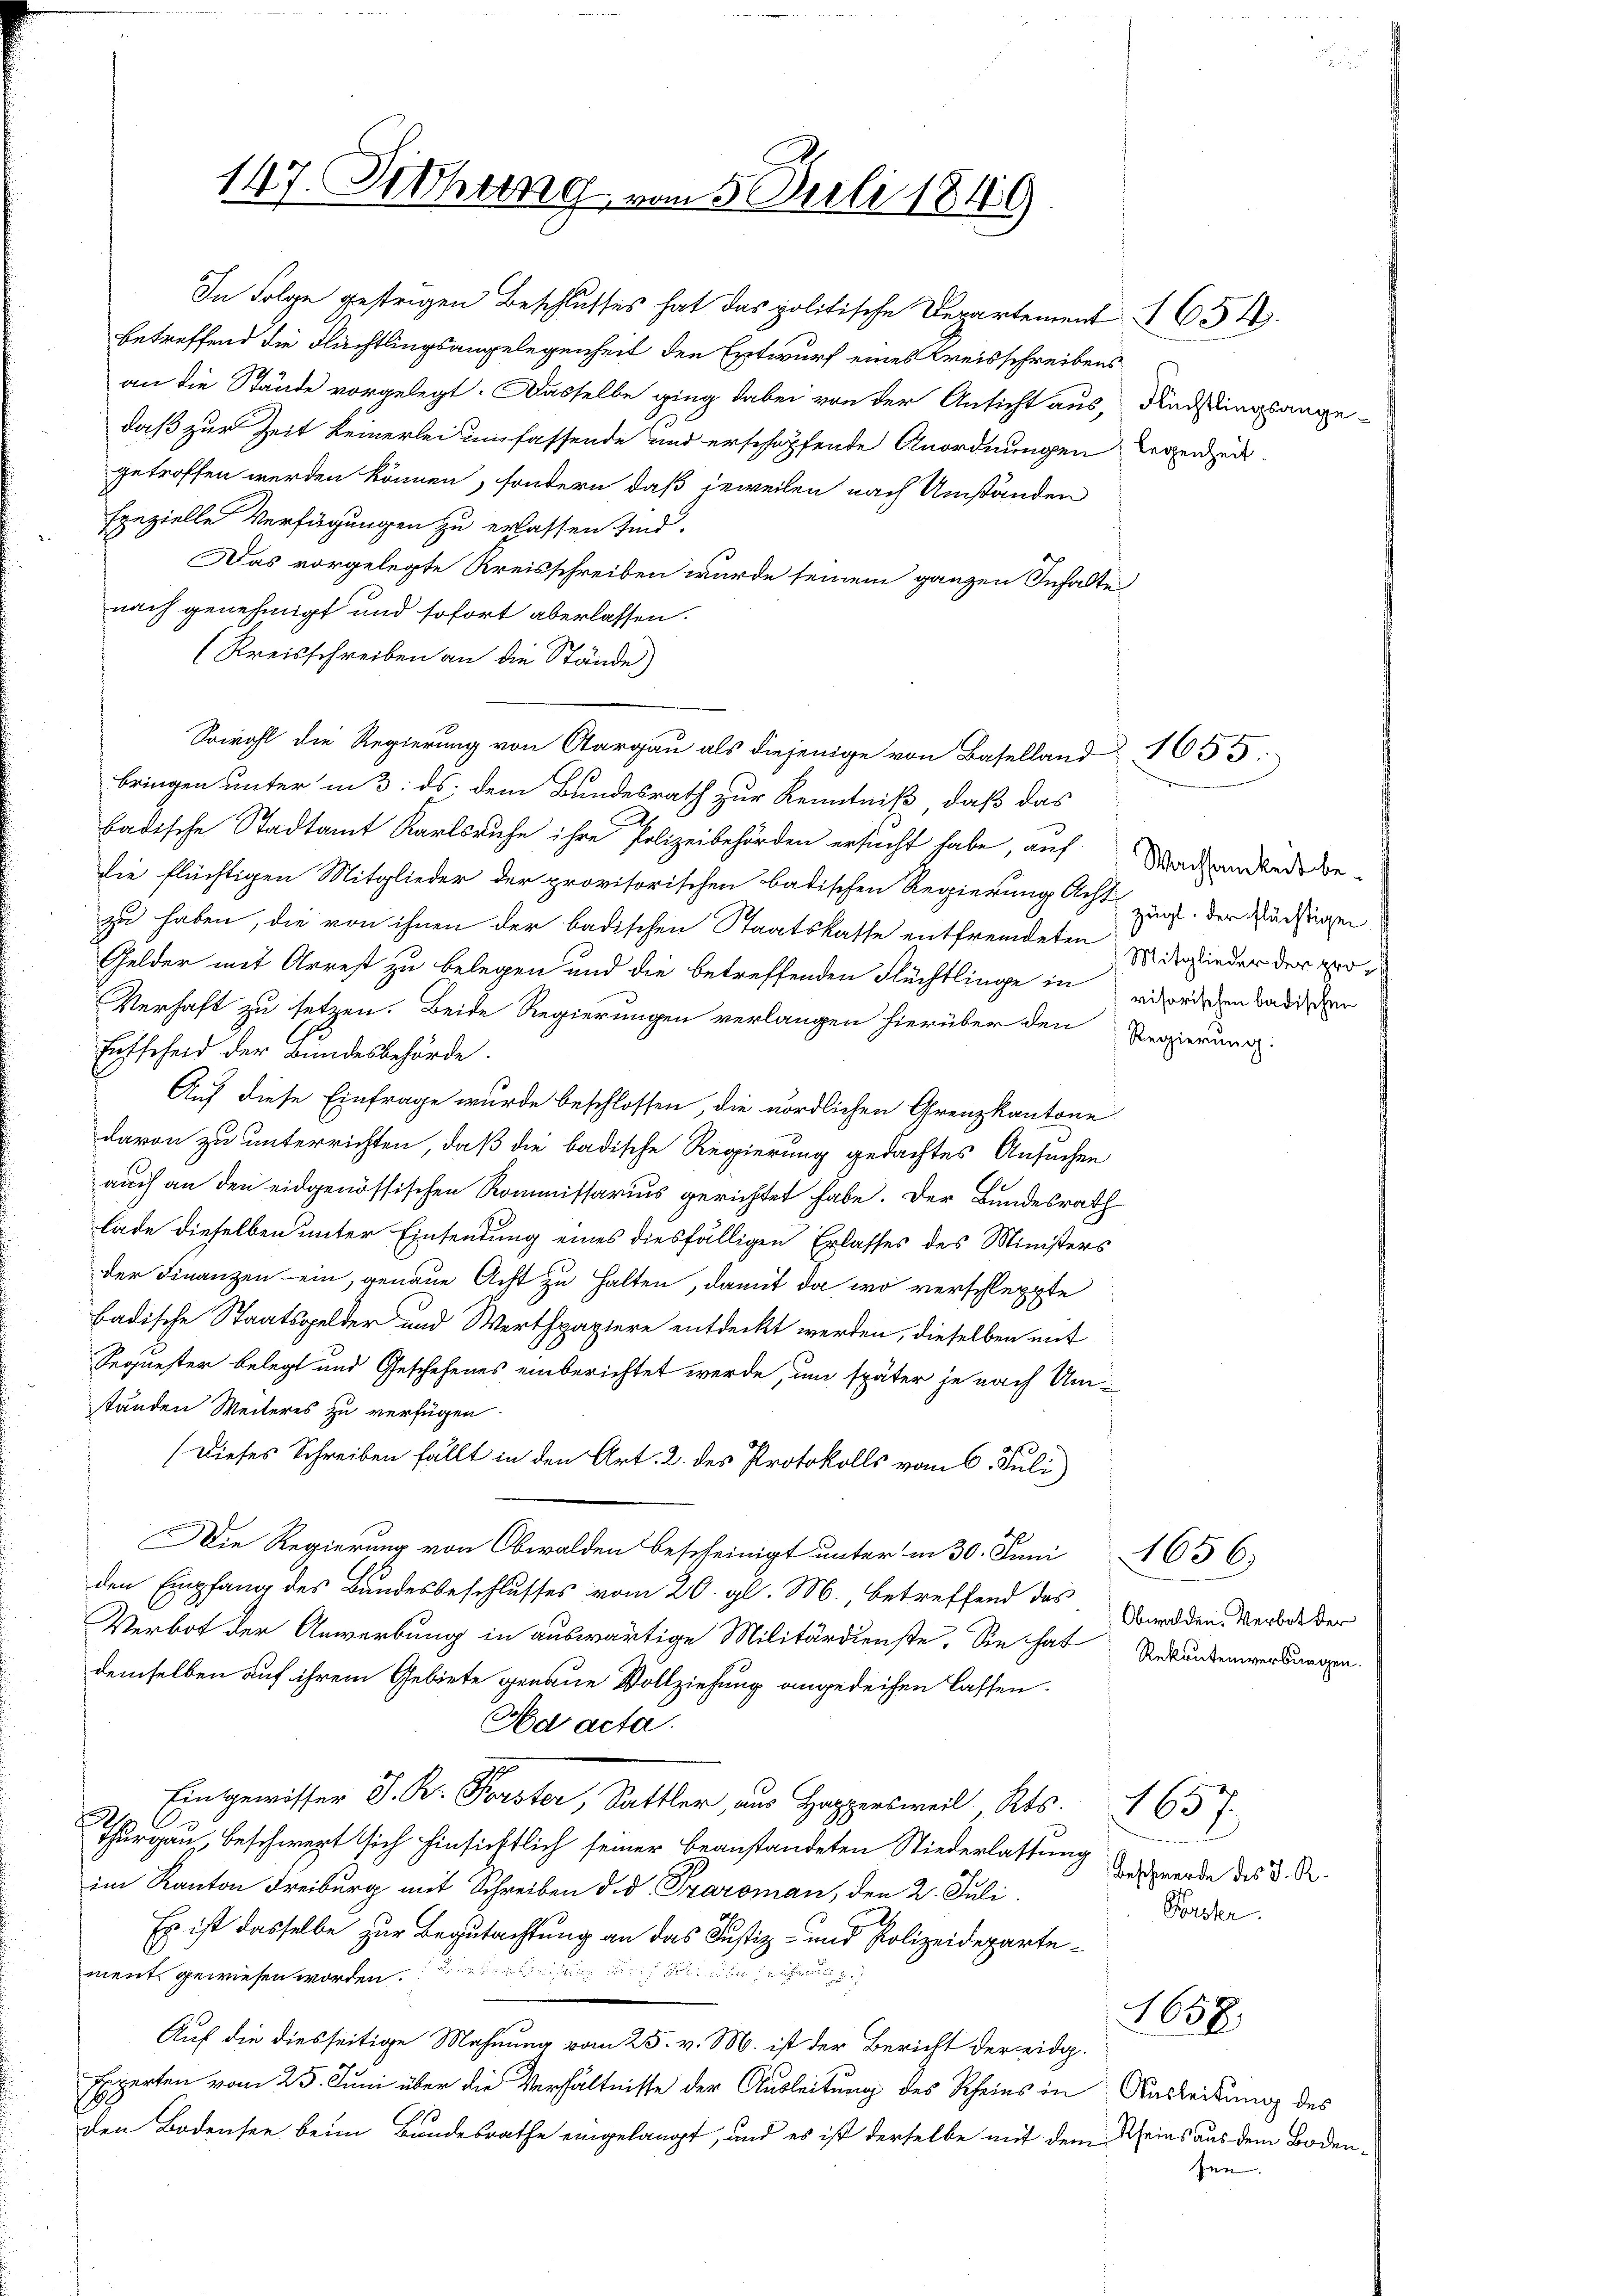
In Folge gestrigen Beschlusses hat das politische Departement I 654.
betreffend die Flüchtlingsangelegenheit den Entwurf eines Kreisschreibens
an die Stände vorgelegt. Dasselbe ging dabei von der Ansicht aus, Nachtlingsange-
daß zur Zeit keinerlei umfassende und erschöpfende Anordnungen derenzeit.
getroffen werden können, sondern daß jeweilen nach Umständen
spezielle Verfügungen zu erlassen sind.
Das vorgelegte Kreisschreiben wurde seinem ganzen Inhalte
nach genehmigt und sofort aberlassen.
(Kreisschreiben an die Stände)
Sowohl die Regierung von Aargau als diejenige von Baselland 1655:
bringen unter in 3. ds. dem Bundesrath zur Kenntniß, daß das
badische Stadtamt Karlsruhe ihre Polizeibehörden ersucht habe, auf Wachandende be-
die flüchtigen Mitglieder der provisorischen badischen Regierung Acht
zu haben, die von ihnen der badischen Staatskaste entfremdeten zu erwieder der ver¬
Gelder mit Arrest zu belegen und die betreffenden Flüchtlinge in wirdischen Badischen
Verhaft zu setzen. Beide Regierungen verlangen hierüber den Regierung.
Entscheid der Bundesbehörde.
Auf diese Einfrage wurde beschlossen, die nördlichen Grenzkantone
davon zu unterrichten, daß die badische Regierung gedachtes Ansuchen
auch an den eidgenössischen Kommissarius gerichtet habe. Der Bundesrath
lade dieselben unter Einsendung eines diesfälligen Erlasses des Ministers
der Finanzen - ein, genaue Acht zu halten, damit da wo verschleppte
badische Staatsgelder und Werthpapiere entdeckt werden, dieselben mit
Sequester belegt und Geschehenes einberichtet werde, um später je nach Umständen Weiteres zu verfügen.
(Dieses Schreiben fällt in den Art. 2. des Protokolls vom 6. Juli)
Die Regierung von Obwalden bescheinigt unter in 30. Juni 1656
den Empfang des Bundesbeschlusses vom 20. gl. M., betreffend das
Verbot der Anwerbung in auswärtige Militärdienste. Sie hat Urkunderwerbungen
demselben auf ihrem Gebiete genaue Vollziehung angedeihen lassen.
Ad acta.
Eingewisser J. R. Forster, Sattler, aus Hoppelweil, Kts.
E
Thurgau, beschwert sich hinsichtlich seiner beanstandeten Niederlassung des werde des D. R
im Kanton Freiburg mit Schreiben d. d. Traroman, den 2. Juli.
Es ist dasselbe zur Begutachtung an das Justiz- und Polizeidepartement gewiesen worden. Wenn auch auch sehen
Auf die diesseitige Mahnung vom 25. v. M. ist der Bericht der eidg.
Experten vom 25. Juni über die Verhältnisse der Ausleitung des Rheins in Austribung des
den Bodensee beim Bundesrathe eingelangt, und es ist derselbe mit dem Rheins aus dem Boden¬

147. Fiehung vom 5. Juli 1849

zügl. der flüchtigen

Obwalden. Verbot der

1637
Koster.

sen. |

1658